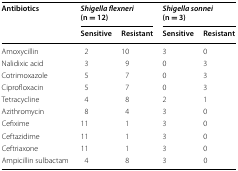
<table><thead><tr><td rowspan="2"><b>Antibiotics</b></td><td colspan="2"><b><i>Shigella flexneri</i> (n = 12)</b></td><td colspan="2"><b><i>Shigella sonnei</i> (n = 3)</b></td></tr><tr><td><b>Sensitive</b></td><td><b>Resistant</b></td><td><b>Sensitive</b></td><td><b>Resistant</b></td></tr></thead><tbody><tr><td>Amoxycillin</td><td>2</td><td>10</td><td>3</td><td>0</td></tr><tr><td>Nalidixic acid</td><td>3</td><td>9</td><td>0</td><td>3</td></tr><tr><td>Cotrimoxazole</td><td>5</td><td>7</td><td>0</td><td>3</td></tr><tr><td>Ciprofloxacin</td><td>5</td><td>7</td><td>0</td><td>3</td></tr><tr><td>Tetracycline</td><td>4</td><td>8</td><td>2</td><td>1</td></tr><tr><td>Azithromycin</td><td>8</td><td>4</td><td>3</td><td>0</td></tr><tr><td>Cefixime</td><td>11</td><td>1</td><td>3</td><td>0</td></tr><tr><td>Ceftazidime</td><td>11</td><td>1</td><td>3</td><td>0</td></tr><tr><td>Ceftriaxone</td><td>11</td><td>1</td><td>3</td><td>0</td></tr><tr><td>Ampicillin sulbactam</td><td>4</td><td>8</td><td>3</td><td>0</td></tr></tbody></table>